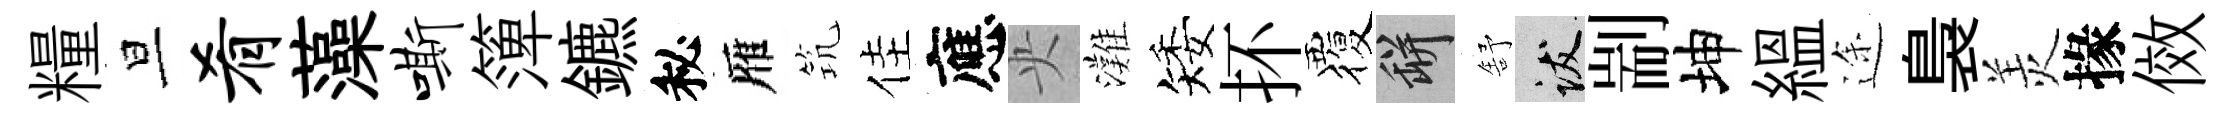
糧旦肴藻嘶𥱼鑣秘雁𥬑佳應央灘矮抔覆瓶舒跋剬坤緼途裊羙掾傚